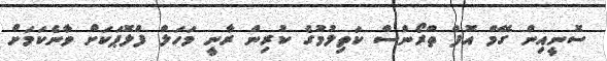
ސޮނީއިން ގޭމް އޮފް ތްރޯންސް ކަތިލުމުގެ ކުރިން ރާނީ މަހަލް ފްލޮޕަކަށް ވާނެކަމަށް